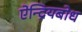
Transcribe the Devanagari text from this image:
ऐन्द्रियबोध